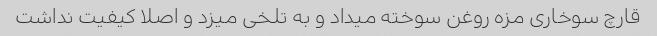
قارچ سوخاری مزه روغن سوخته میداد و به تلخی میزد و اصلا کیفیت نداشت